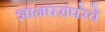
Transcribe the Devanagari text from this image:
ज्ञानपरांपरेचे